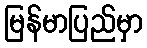
မြန်မာပြည်မှာ